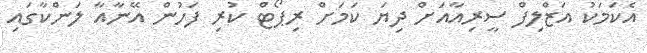
އެކަމަކު އަޒްލިފް ސީރިއާއަށް ދިޔަ ކަމަށް ރިޕޯޓް ކުރި ފަހުން އޭނާއާ ލަންކާގައި